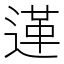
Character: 𨔷